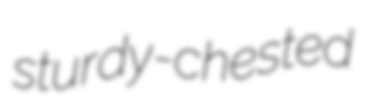
sturdy-chested